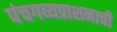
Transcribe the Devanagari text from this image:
पंचगव्यप्राशनाची